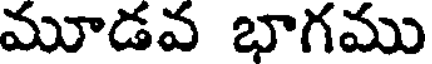
మూడవ భాగము